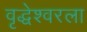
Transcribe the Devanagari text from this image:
वृद्धेश्‍वरला